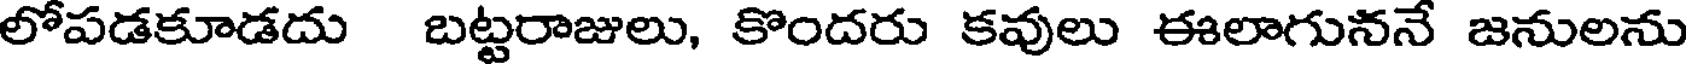
లోపడకూడదు బట్టరాజులు, కొందరు కవులు ఈలాగుననే జనులను